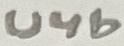
Text: U4b